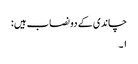
چاندی کے دو نصاب ہیں :
١۔